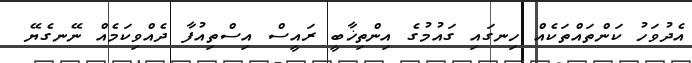
އެދުވަހު ކަންތައްތަކެއް ހިނގައި ގައުމުގެ އިންތިޚާބީ ރައީސް އިސްތިއުފާ ދެއްވިކަމެއް ނޭނގެޔޭ